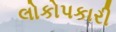
લોકોપકારી